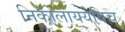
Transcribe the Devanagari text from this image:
निकोलाययेविच